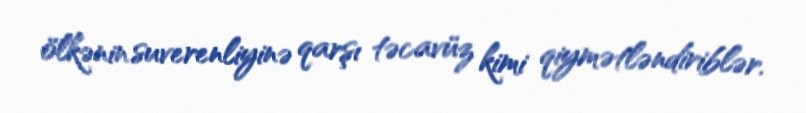
ölkənin suverenliyinə qarşı təcavüz kimi qiymətləndiriblər.